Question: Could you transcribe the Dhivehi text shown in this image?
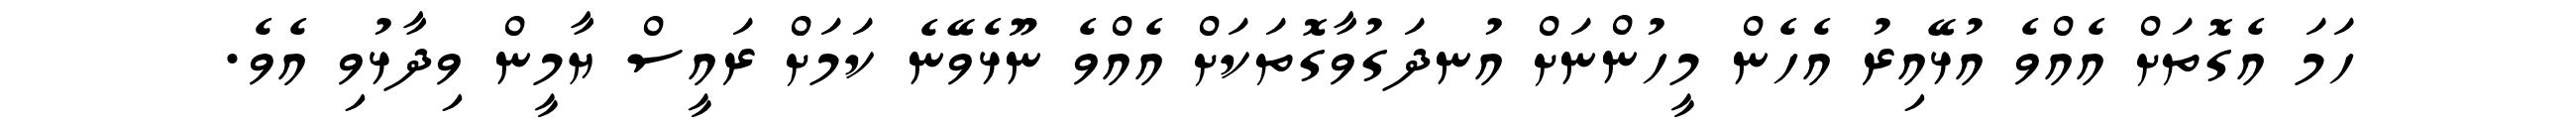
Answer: ހަމަ އެގޮތަށް އެއްވެ އުޅޭއިރު އެހެން މީހުންނަށް އުނދަގުވާގޮތަކަށް އެއްވެ ނޫޅެވޭނެ ކަމަށް ރައީސް ޔާމީން ވިދާޅުވި އެވެ.